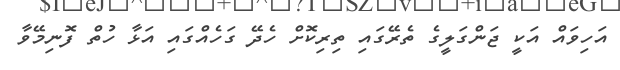
އަހިވައް އަކީ ޖަންގަލީގެ ތެރޭގައި ތިރިކޮށް ހެދޭ ގަހެއްގައި އަޅާ ހުތް ފޮނިމޭވާ